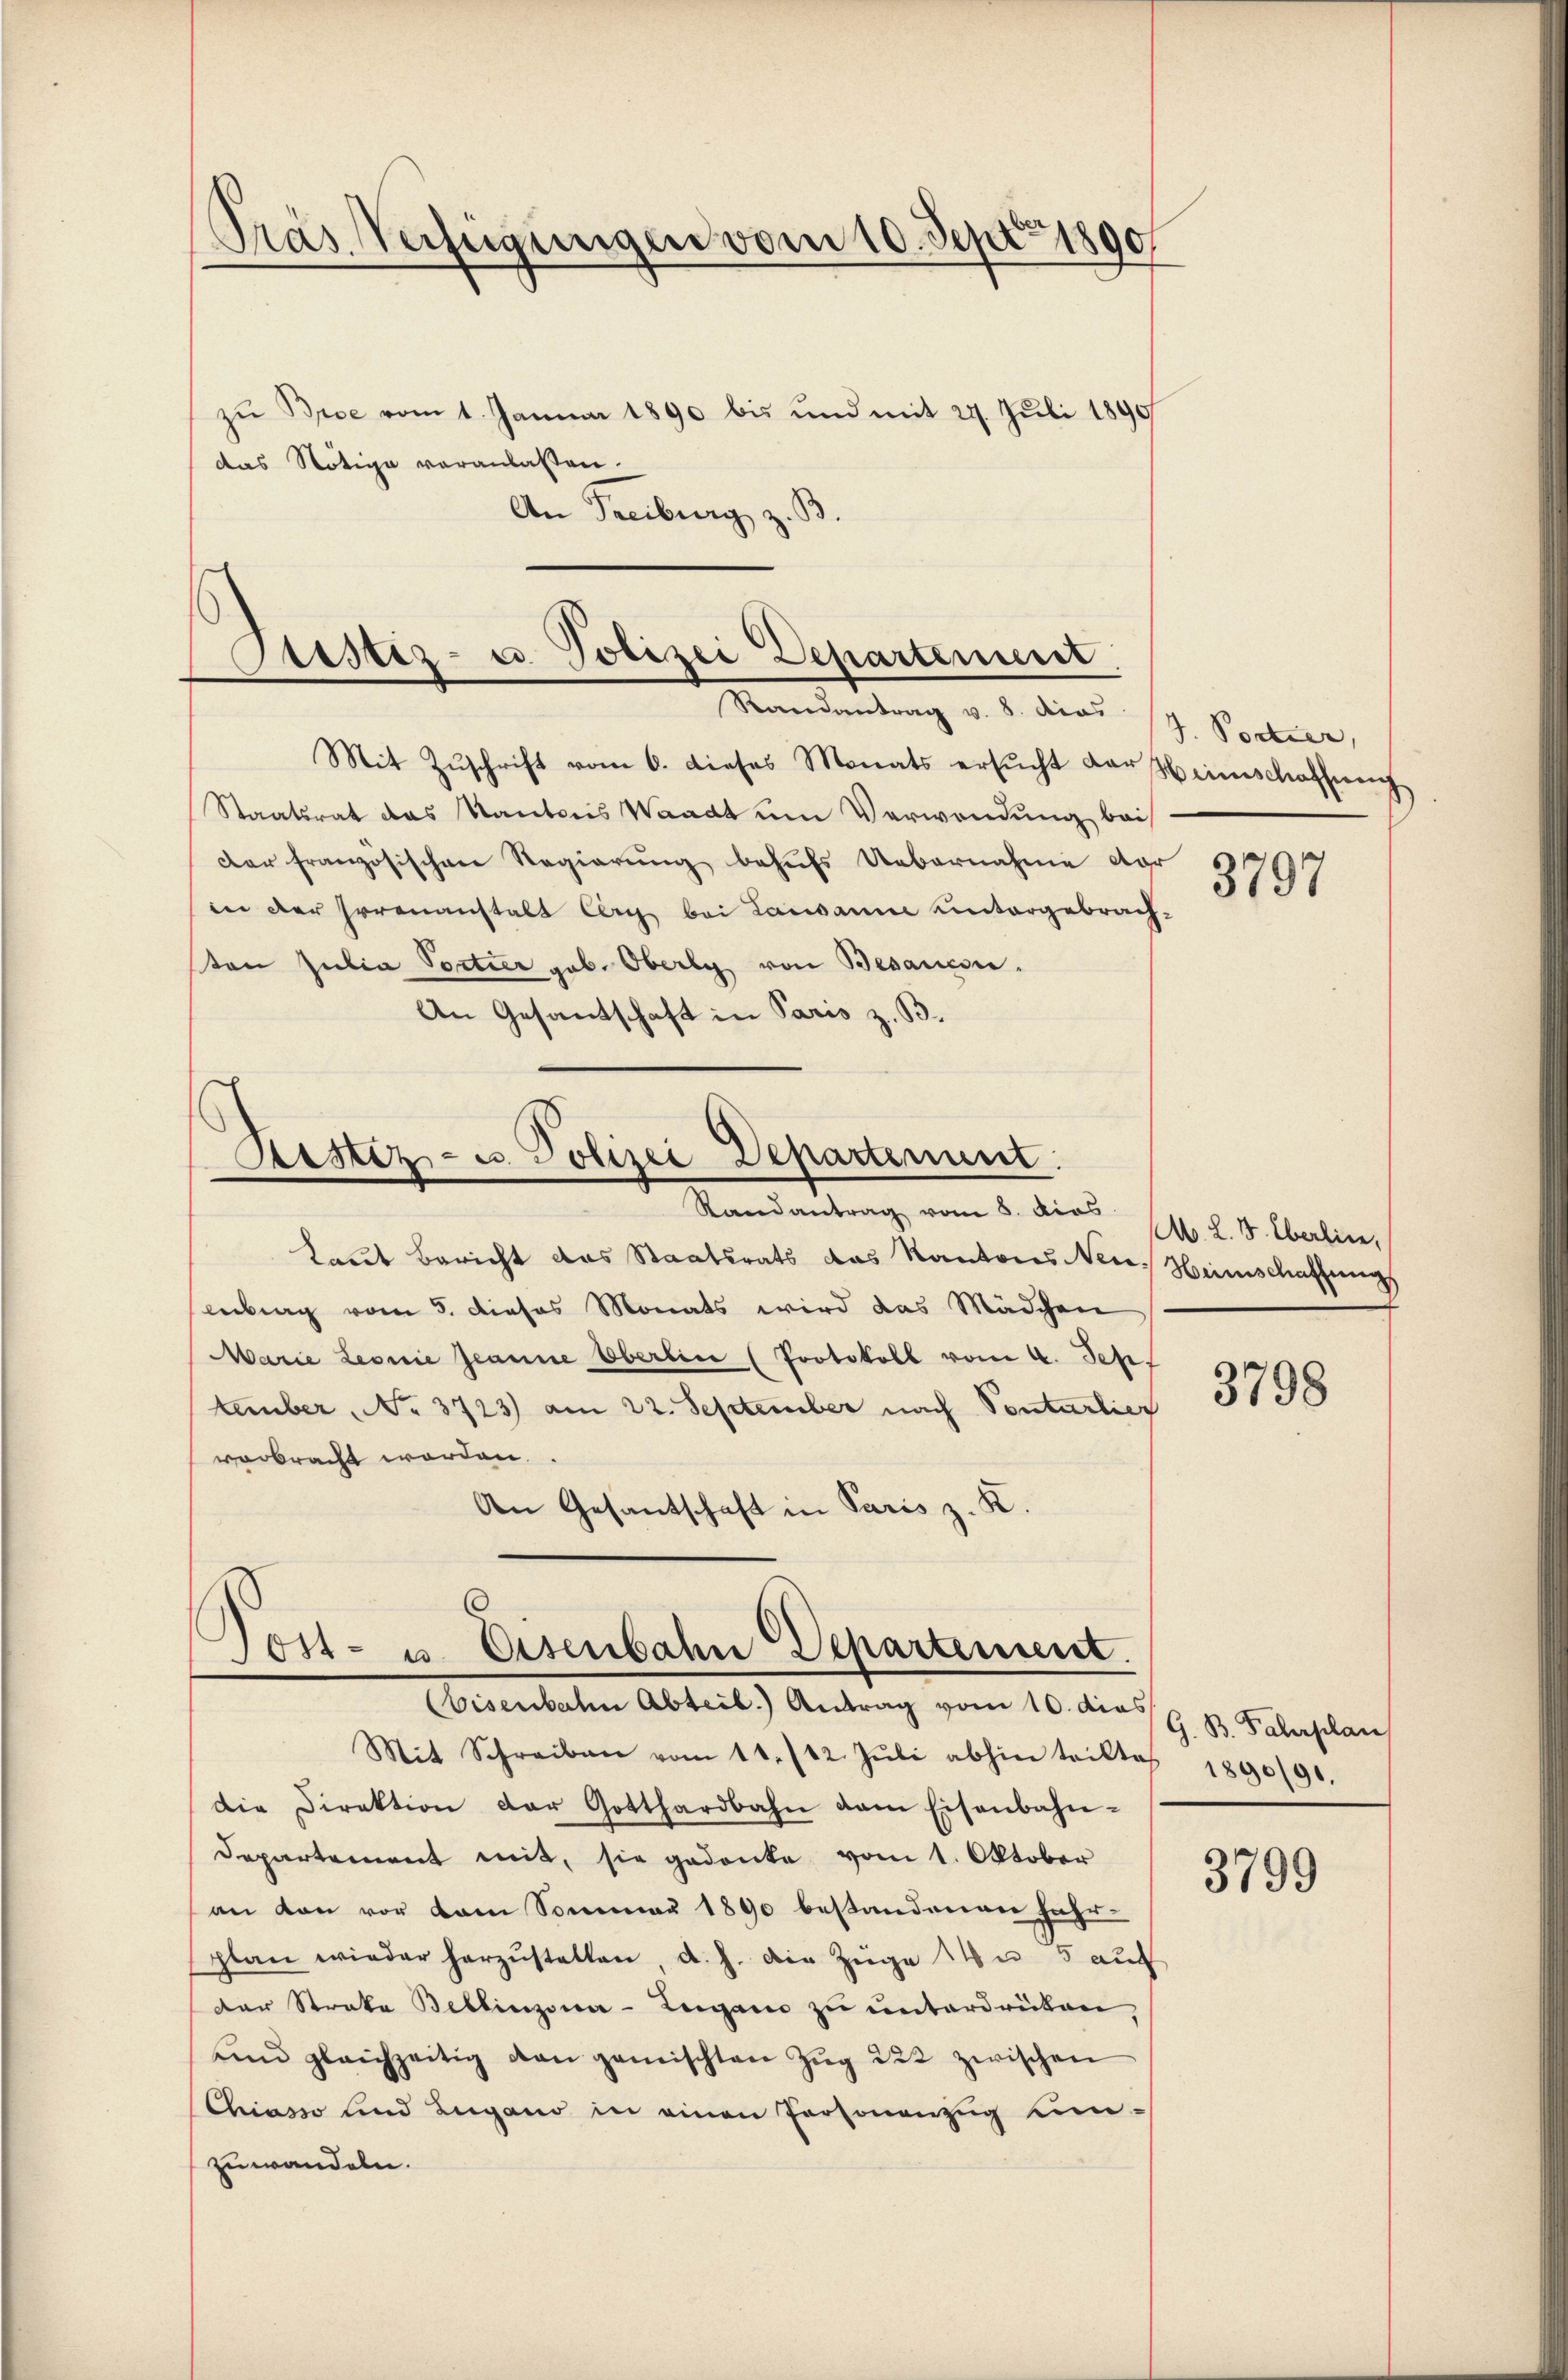
Tras Verfügungen vom 10. Sept 1890
zu Bise vom 1. Januar 1890 bis und mit 24. Juli 1890
das Nötige veranlassen.

An Freiburg z. B

Pustiz- u. Polizei Departenunt
Randantrag v. 8. dies (Z. Portier,

Mit Zŭschrift vom 6. dieses Monats ersŭcht der Heimschaffeeich-
Staatsrat das Kantonis Waadt um Verwendung bei
der französischen Regierung behufs Uebernahme dar
in der Irrenanstalt berg bei Lausanne untergebrach-
ton Julia Portier geb. Oberly von Besances.
An Gesantschaft in Paris z. B.

Ristiz- u. Polizei Departement:
Randantrag vom 8. dies 11. l. J. Eberline,

Laut Bericht das Staatsrats das Kantons Neues Heimschaffungs
enburg vom 5. dieses Monats wird das Mädchen
Marie Leonie Jeanne Oberlin (Protokoll vom 4. Sep
tember, No 3723) am 22. September nach Sontarlier
verbracht worden.
An Gesantschaft in Paris z. K.

Vost- u. Eisenbahn Departement.
(Eisenbahn Abteil.) Antrag vom 10. dies G. B. Fahrplan

Mit Schreiben vom 11./12. Jŭli abhin teiltes 1890/91.
die Direktion der Gotthardbahn dem Eisenbahn-
Departement mit, sie gedanke vom 1. Oktober
an von vor kam Sommer 1890 bestandenen Fahr-
plan wieder herzŭstellen, d. h. die Züge in 5 auf
der Streke Bellinzona-Lugano zu unterdrüken
ŭnd gleichzeitig dan gemischten Zŭg 222 zwischen
Chiasso sind Lugano in einen Personenzug um-
zuwandeln.

3797

3798

3799